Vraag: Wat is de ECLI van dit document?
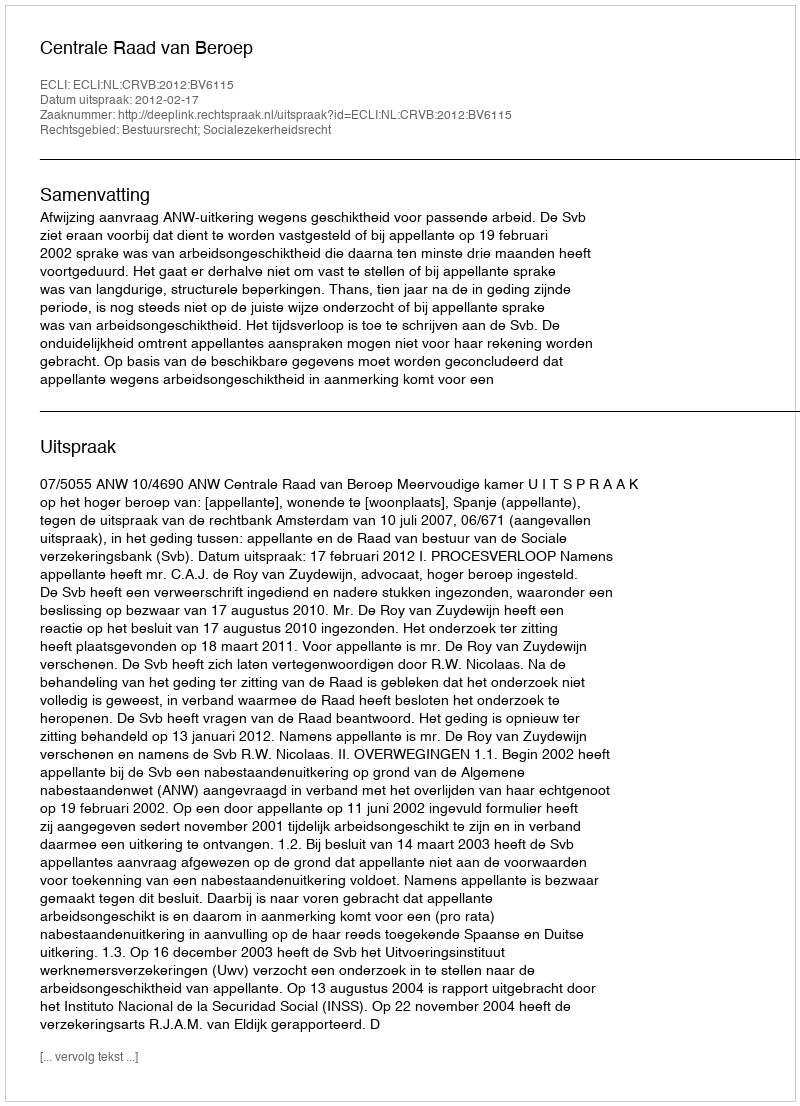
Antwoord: ECLI:NL:CRVB:2012:BV6115